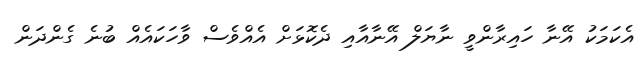
އެކަމަކު އޭނާ ހައިރާންވީ ނާޔަލް އޭނާއާއި ދެކޮޅަށް އެއްވެސް ވާހަކައެއް ބުނެ ގެންދަން